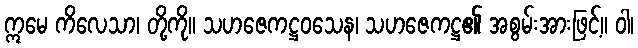
ဣမေ ကိလေသာ၊ တို့ကို။ သဟဇေကဋ္ဌဝသေန၊ သဟဇေကဋ္ဌ၏ အစွမ်းအားဖြင့်။ ဝါ၊